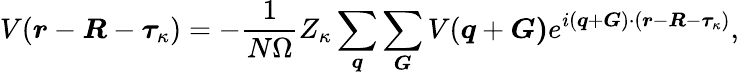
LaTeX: V(\boldsymbol{r}-\boldsymbol{R}-\boldsymbol{\tau}_{\kappa})=-\frac{1}{N\Omega}Z_{\kappa}\sum_{\boldsymbol{q}}\sum_{\boldsymbol{G}}V(\boldsymbol{q}+\boldsymbol{G)}e^{i(\boldsymbol{q}+\boldsymbol{G})\cdot(\boldsymbol{r}-\boldsymbol{R}-\boldsymbol{\tau}_{\kappa})},